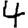
Digit: 4